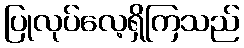
ပြုလုပ်လေ့ရှိကြသည်